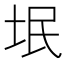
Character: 垊